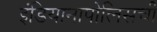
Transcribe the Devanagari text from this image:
इंडियानापोलिसची